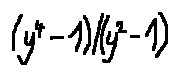
( y ^ { 4 } - 1 ) / ( y ^ { 2 } - 1 )